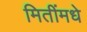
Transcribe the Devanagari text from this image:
मितींमधे